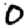
Digit: 0